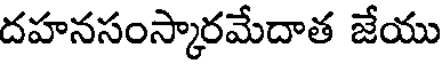
దహనసంస్కారమేదాత జేయు